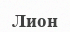
Лион